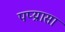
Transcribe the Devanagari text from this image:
पप्य्रासा